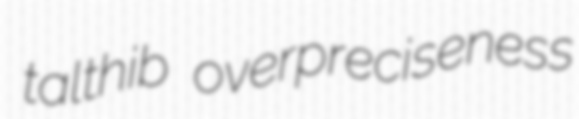
talthib overpreciseness